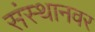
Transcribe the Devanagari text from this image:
संस्थानवर